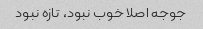
جوجه اصلا خوب نبود، تازه نبود